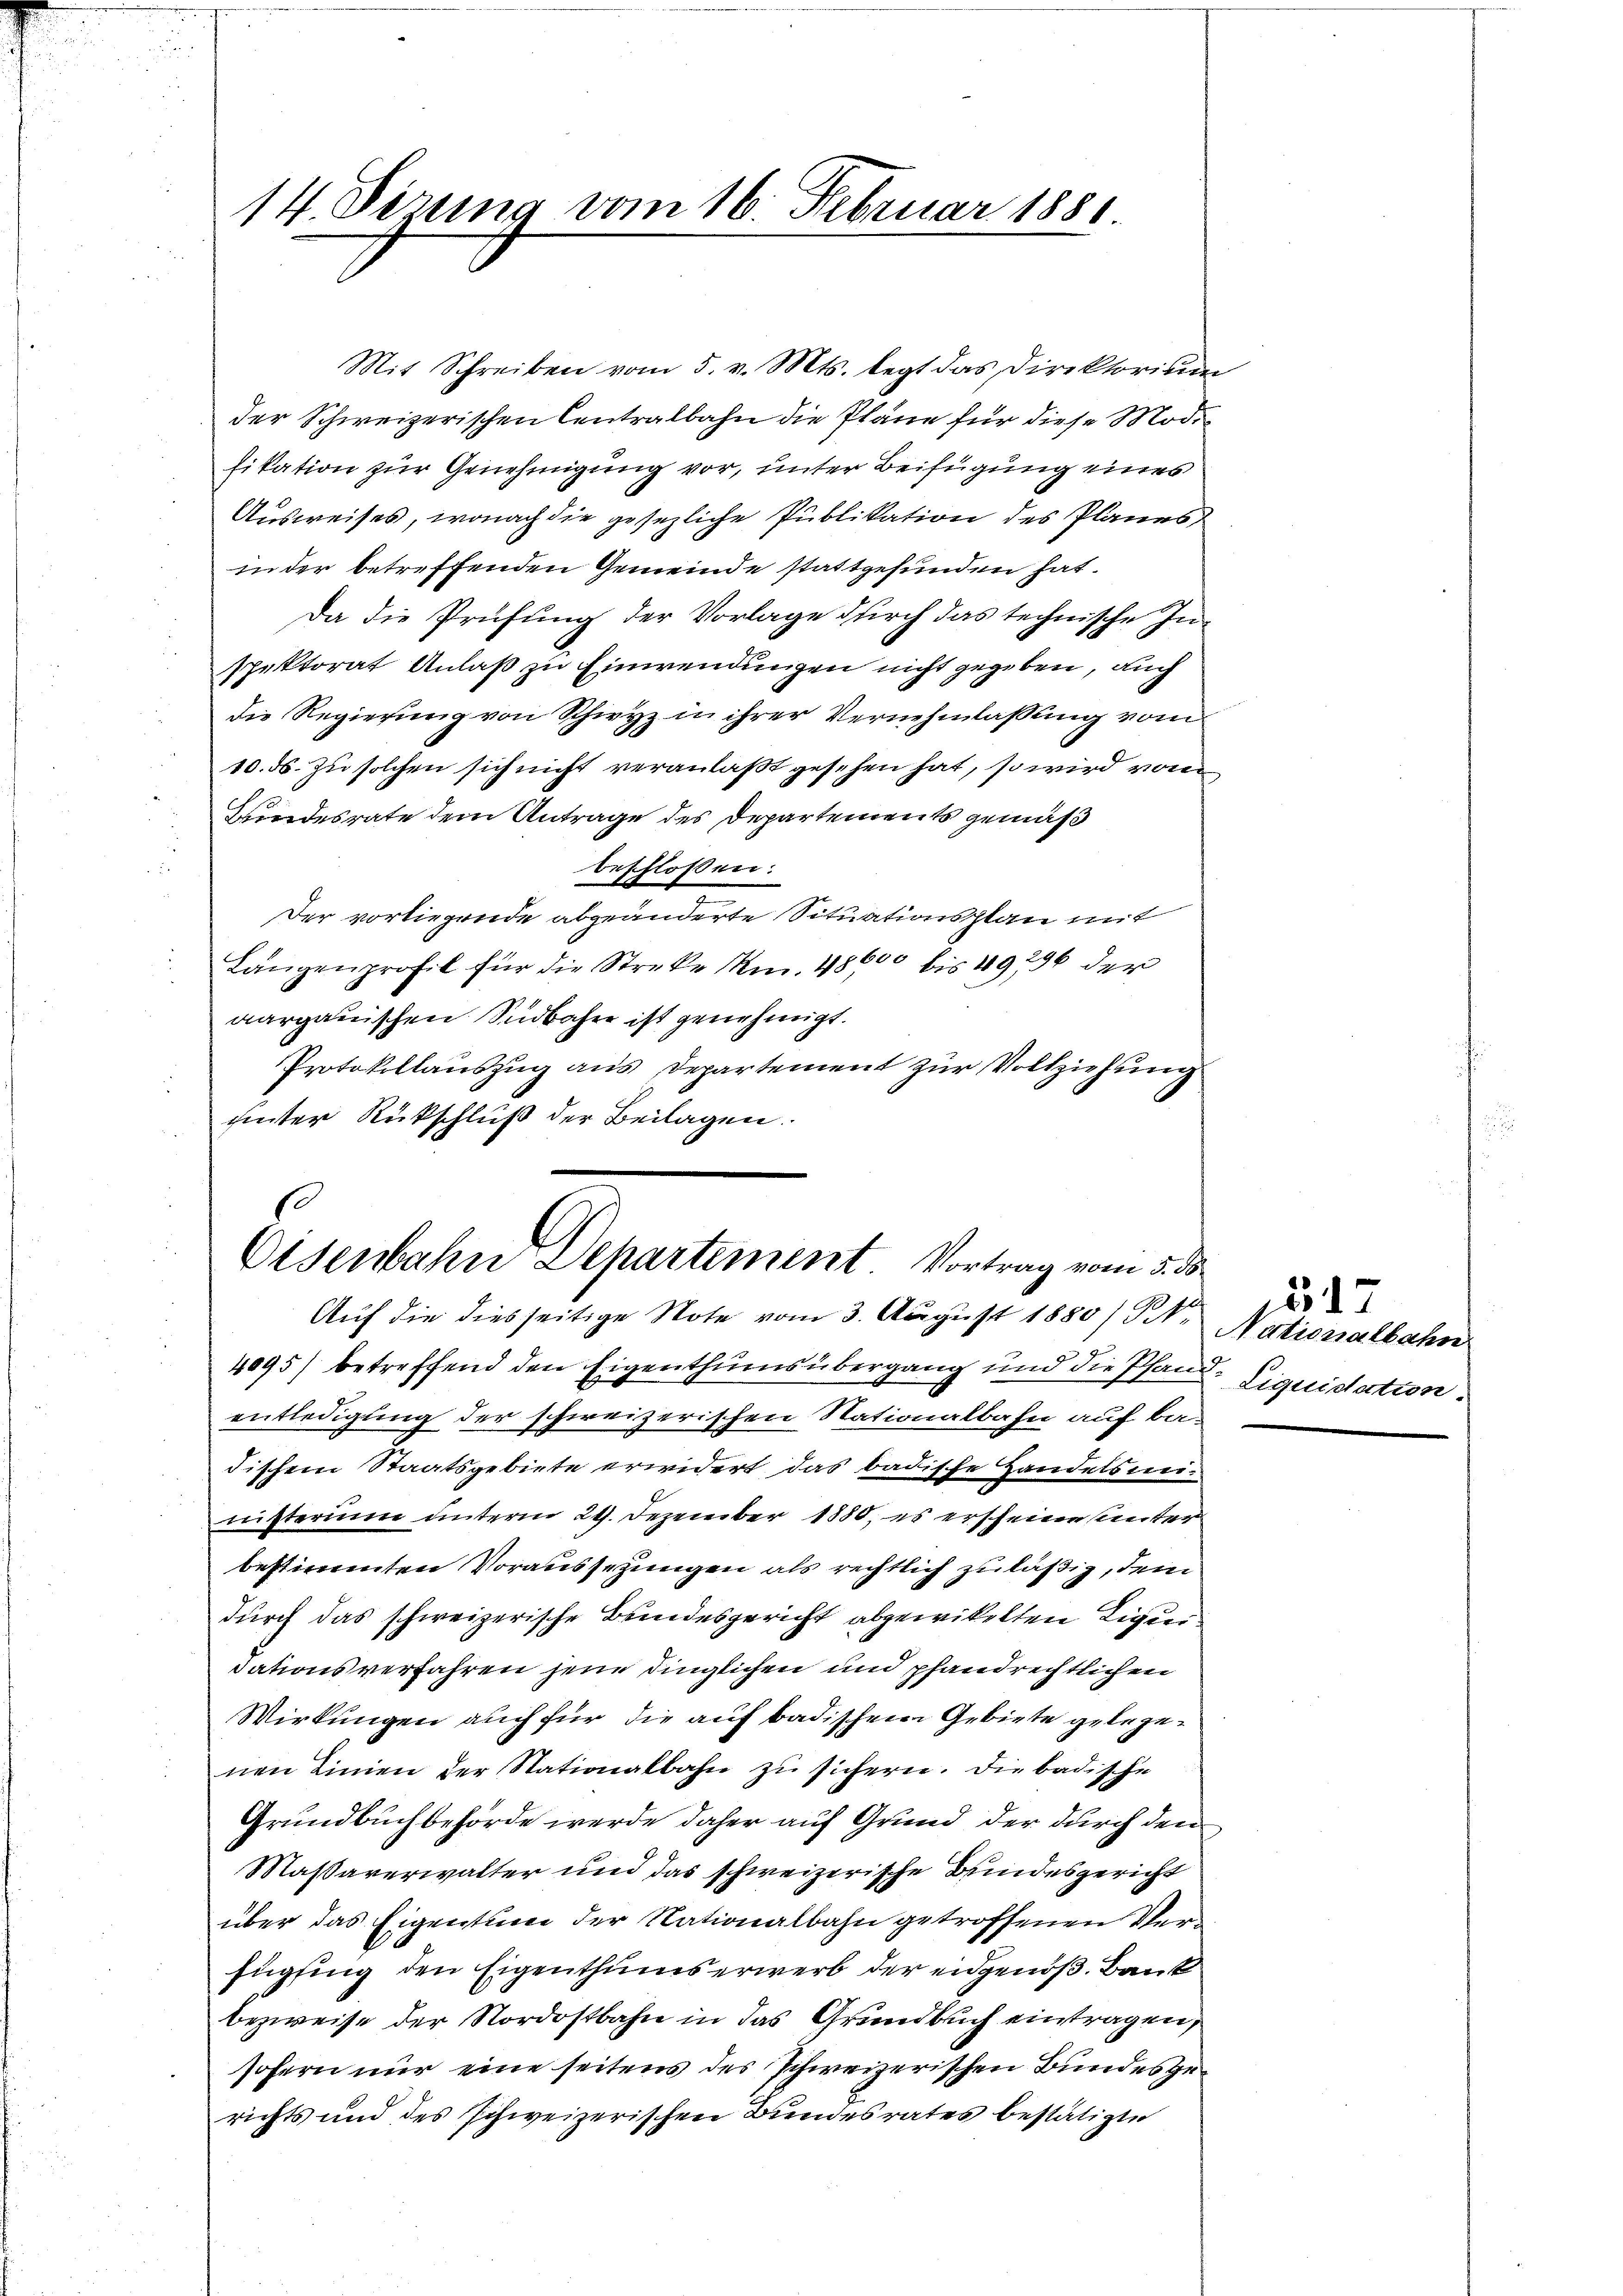
Mit Schreiben vom 5. v. Mts. legt das Direktorium
der Schweizerischen Centralbahn die Pläne für diese Modi
fikation zur Genehmigung vor, unter Beifügung eines
Ausweises, wonach die gesezliche Publikation des Planes
inder betreffenden Gemeinde stattgefunden hat.
Da die Prüfung der Vorlage durch das technische Inspektorat Anlaß zu Einwendungen nicht gegeben, auch
die Regierung von Schwyz in ihrer Vernehmlassung vom
10. ds. zu solchen sich nicht veranlaßt gesehen hat, so wird vom
Kindesrate dem Antrage des Departements gemäß
beschlossen:
s
Der vorliegende abgeänderte Situationsplan mit
Längenprofil für die Streke kn. 48600 bis 49296 der
aargauischen Südbahn ist genehmigt.
Protokollauszug aus Departement zur Vollziehung
gierter Rückschluß der Beilagen.

14. Perung vom 16. Februar 1880

1
Eisenbahn Departement Vortrag vom 5. ds.
Auf die diesseitige Note vom 3. August 1880/ 1

4095) betreffend den Eigenthums übergang und die Pfande Liquidation.
entledigung der schweizerischen Nationalbahn auf ba-
dischem Staatsgebiete erwidert das badische Handelsweimitterung unterm 29. Dezember 1880, es erscheine unter
bestimmten Voraussetzungen als rechtlich zuläßig, dem
durch das schweizerische Bundesgericht abgewikelten Liquidationsverfahren jene dinglichen und pfandrechtlichen
Wirkungen auch für die auf badischen Gebiete gelegenen Linien der Stationalbahn zu sichern. Die badische
Grundbuchbehörde werde daher auf Grund der durch den
Maßaverwalter und das schweizerische Bundesgericht
über das Eigentum der Nationalbahn getroffenen Verfügfing den Eigenthumserwerb der eidgenoß. Bank
bezweise der Nordostbahn in das Grundbuch eintragen,
sofern nur eine seitens des schweizerischen Bundesgerichts und des schweizerischen Bundesrates bestätigte

517
Nationalbahn